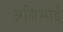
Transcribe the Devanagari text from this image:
अनिभाई